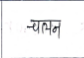
मजकूर: चलन